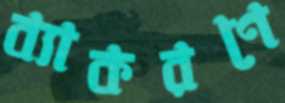
ব্যাকরণে